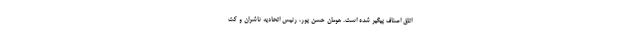
اتاق اصناف پیگیر شده است. هومان حسن پور، رئیس اتحادیه ناشران و کت